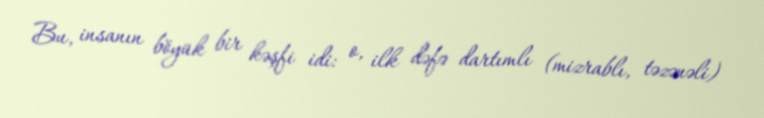
Bu, insanın böyük bir kəşfi idi: o, ilk dəfə dartımlı (mizrablı, təzənəli)